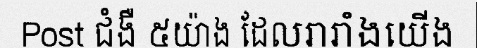
Post ជំងឺ ៥យ៉ាង ដែលរារាំងយើង